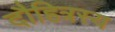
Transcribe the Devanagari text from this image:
दौहित्रस्य